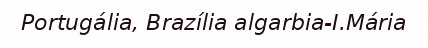
Portugália, Brazília algarbia-I.Mária